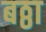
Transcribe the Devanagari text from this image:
बठ्ठा